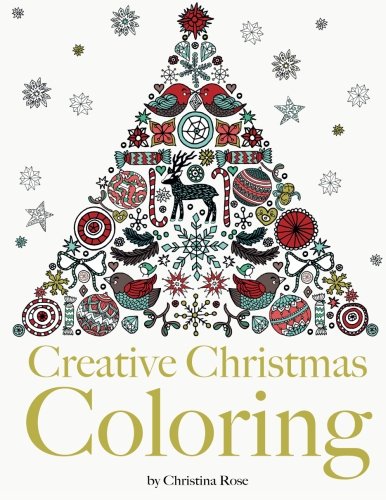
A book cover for Creative Christmas Coloring: Classic Christmas themes and patterns for a peaceful and relaxing holiday season. The perfect Christmas adult coloring gift.; Christina Rose; Arts & Photography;